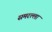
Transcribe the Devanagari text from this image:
समरल्ला